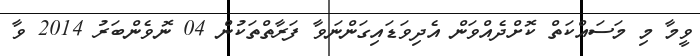
ވީމާ މި މަސައްކަތް ކޮށްދެއްވަން އެދިވަޑައިގަންނަވާ ފަރާތްތަކުން 04 ނޮވެންބަރު 2014 ވާ